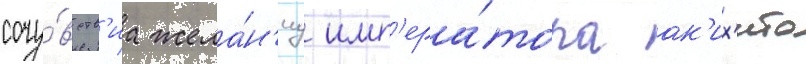
сочу́вств'иа жела́н'иу имп'ера́тора ак'их'ито